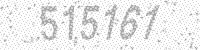
Solution: 515161